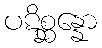
ပဋိစ္ဆန္နော